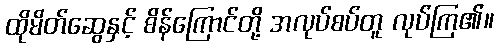
ထိုမိတ်ဆွေနှင့် စိန်ကြောင်တို့ အလုပ်စပ်တူ လုပ်ကြ၏။